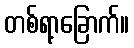
တစ်ရာ့ခြောက်။